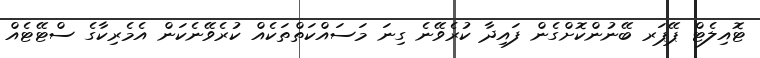
ޓޮއިލެޓް ޕޭޕަރ ބޭނުންކޮށްގެން ފައިދާ ކުރެވޭނެ ގިނަ މަސައްކަތްތަކެއް ކުރެވޭނެކަން އެމެރިކާގެ ސްޓޭޓެއް